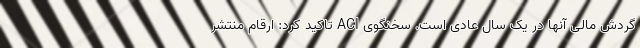
گردش مالی آنها در یک سال عادی است. سخنگوی ACI تاکید کرد: ارقام منتشر